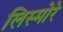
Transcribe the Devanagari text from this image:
लिस्मोरे